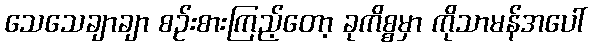
သေသေချာချာ စဉ်းစားကြည့်တော့ ခုကိစ္စမှာ ကိုသာမန်အပေါ်